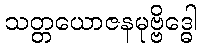
သတ္တယောဇနမုဗ္ဗိဒ္ဓေါ